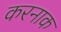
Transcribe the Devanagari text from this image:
करनाक